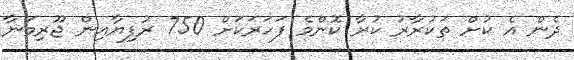
ދެން އެ ކުށް ތަކުރާރު ކުރާ ކޮންމެ ފަހަރަކަށް 750 ރުފިޔާއިން ޖޫރިމަނާ